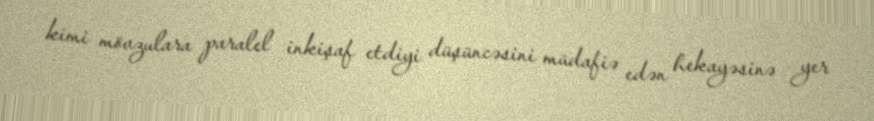
kimi mövzulara paralel inkişaf etdiyi düşüncəsini müdafiə edən hekayəsinə yer